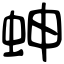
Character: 𧊋